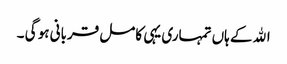
اﷲ کے ہاں تمہاری یہی کامل قربانی ہو گی ۔